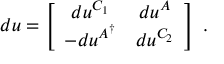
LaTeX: d u = \left[ \begin{array} { c c } { { d u ^ { C _ { 1 } } } } & { { d u ^ { A } } } \\ { { - d u ^ { A ^ { \dagger } } } } & { { d u ^ { C _ { 2 } } } } \end{array} \right] \ .